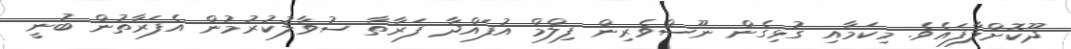
ދޫކޮށްލާފައެވެ. މިކަމާއި ގުޅިގެން ނޫސްވެރިން ފިލްމް އުފައްދާ ފަރާތާ ސުވާލުކުރުމުން އެފަރާތުން ބުނީ